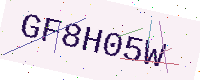
Text: GF8H05W